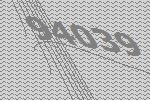
94039